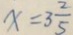
x = 3 \frac { 2 } { 5 }